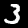
Digit: 3